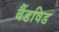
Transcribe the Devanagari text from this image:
बैंडविड